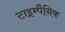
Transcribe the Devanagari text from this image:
टाइम्पैनिक